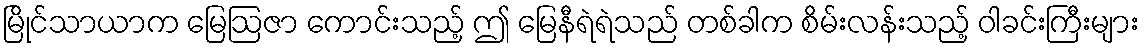
မြိုင်သာယာက မြေဩဇာ ကောင်းသည့် ဤ မြေနီရဲရဲသည် တစ်ခါက စိမ်းလန်းသည့် ဝါခင်းကြီးများ